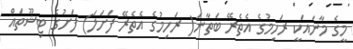
މީގެ މާނައަކީ ރަހިމުގެ އެތެރޭ ބަތާނަ( ރަހިމުގެ އެތެރޭ ފަށަލަ) ފަށުގެ ޓިޝޫތައް